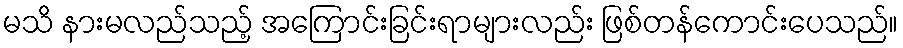
မသိ နားမလည်သည့် အကြောင်းခြင်းရာများလည်း ဖြစ်တန်ကောင်းပေသည်။